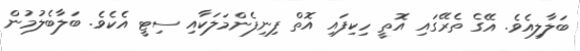
ބަލާލިއެވެ. އޭގެ ތެރޭގައި އޮތީ ހިކިފައި އޮތް ފިނިފެންމަލަކާއި ސިޓީ އެކެވެ. ބަލާބެލުމުން